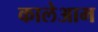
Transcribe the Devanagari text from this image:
कालेआम